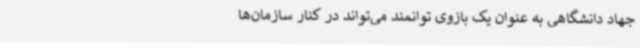
جهاد دانشگاهی به عنوان یک بازوی توانمند می‌تواند در کنار سازمان‌ها